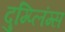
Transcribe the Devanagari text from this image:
दुम्प्लिंग्स